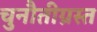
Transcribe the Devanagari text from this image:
चुनौतीग्रस्त